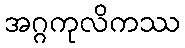
အဂ္ဂကုလိကဿ